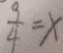
\frac { 9 } { 4 } = x